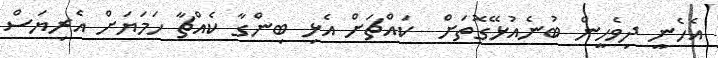
އެހެނީ ދިވެހީން ބުނެއުޅޭގޮތަށް  ކައްޗަށް އެޅި ބިންގާ ކެއްޗާ ހަމަޔަށް އެރިޔަސް